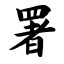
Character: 署